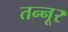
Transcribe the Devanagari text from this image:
तन्नूर